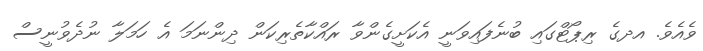
ވެއެވެ. އދގެ ރިޕޯޓްގައި ބުނެފައިވަނީ އެކަށީގެންވާ ރައްކާތެރިކަން ދިންނަމަ އެ ހަމަލާ ނުދެވުނީސް